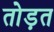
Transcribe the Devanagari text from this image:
तोड़त